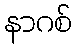
နာဂစ်